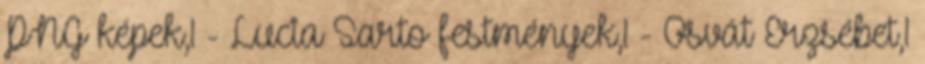
PNG képek,1 - Lucia Sarto festmények,1 - Osvát Erzsébet,1